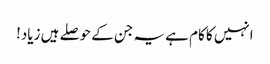
انہیں کا کام ہے یہ جن کے حوصلے ہیں زیاد!